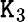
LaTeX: \mathtt{K}_{3}